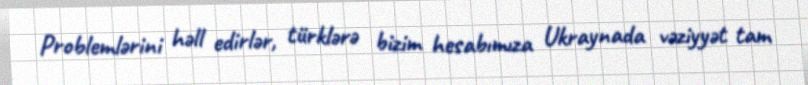
Problemlərini həll edirlər, türklərə bizim hesabımıza Ukraynada vəziyyət tam